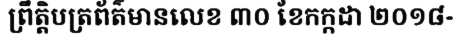
ព្រឹត្តិបត្រព័ត៌មានលេខ ៣០ ខែកក្កដា ២០១៨-